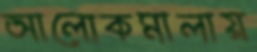
আলোকমালায়